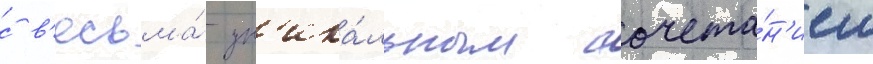
с в'есьма́ ун'ика́льным сочета́н'ием